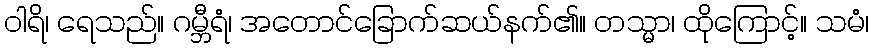
ဝါရိ၊ ရေသည်။ ဂမ္ဘီရံ၊ အတောင်ခြောက်ဆယ်နက်၏။ တသ္မာ၊ ထိုကြောင့်။ သမံ၊